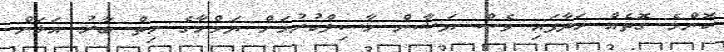
ކޮންމެ ގޮތެއް ހަދާފައި ވެސް ޔަޝާން ހާސިލްކުރުމަށް ޔަމްހާގެ ހިތް ބާރު އަޅަން